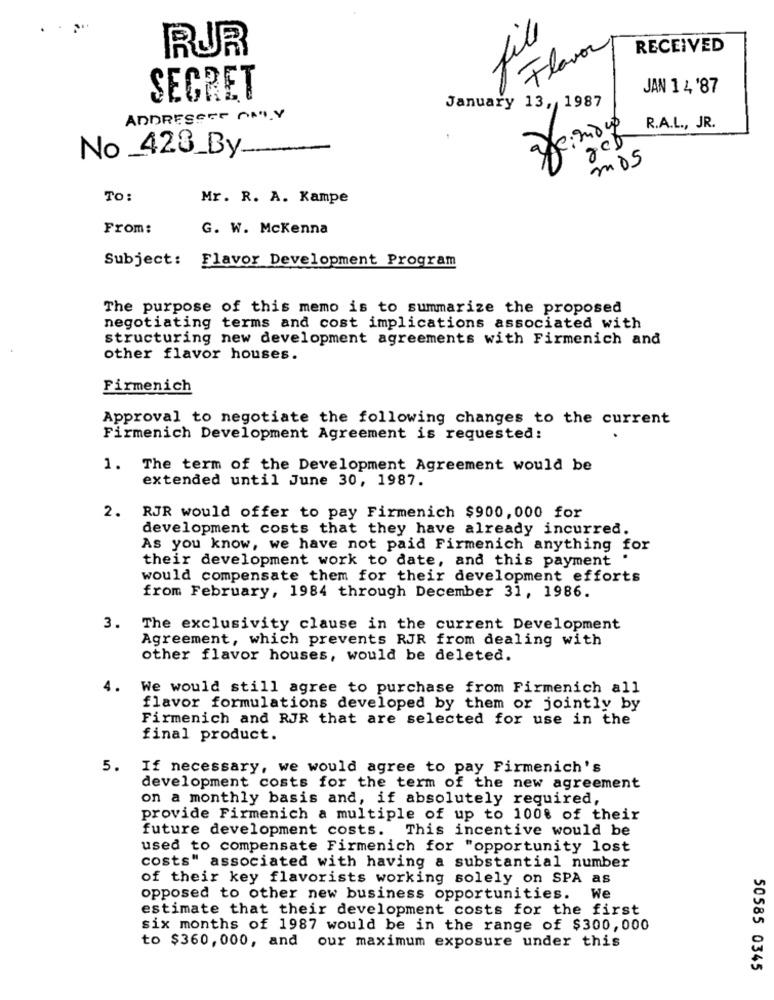
file
Flavor
RECEIVED
RUR
JAN 1 4 '87
SECRET
January 13 ,, 1987
ADDRESCET DAILY
R.A.L ., JR.
No _428_By.
m05
TO:
Mr. R. A. Kampe
From:
G. W. Mckenna
Subject:
Flavor Development Program
The purpose of this memo is to summarize the proposed
negotiating terms and cost implications associated with
structuring new development agreements with Firmenich and
other flavor houses.
Firmenich
Approval to negotiate the following changes to the current
Firmenich Development Agreement is requested:
1. The term of the Development Agreement would be
extended until June 30, 1987.
2.
RJR would offer to pay Firmenich $900,000 for
development costs that they have already incurred.
As you know, we have not paid Firmenich anything for
their development work to date, and this payment
would compensate them for their development efforts
from February, 1984 through December 31, 1986.
3.
The exclusivity clause in the current Development
Agreement, which prevents RJR from dealing with
other flavor houses, would be deleted.
4.
We would still agree to purchase from Firmenich all
flavor formulations developed by them or jointly by
Firmenich and RJR that are selected for use in the
final product.
5. If necessary, we would agree to pay Firmenich's
development costs for the term of the new agreement
on a monthly basis and, if absolutely required,
provide Firmenich a multiple of up to 100% of their
future development costs. This incentive would be
used to compensate Firmenich for "opportunity lost
costs" associated with having a substantial number
of their key flavorists working solely on SPA as
opposed to other new business opportunities.
We
estimate that their development costs for the first
six months of 1987 would be in the range of $300,000
to $360,000, and
our maximum exposure under this
50585 0345